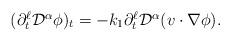
LaTeX: \begin{align*}\begin{array}{ll}(\partial_t^{\ell}\mathcal{D}^{\alpha}\phi)_t = - k_1\partial_t^{\ell}\mathcal{D}^{\alpha}(v\cdot\nabla\phi).\end{array}\end{align*}